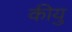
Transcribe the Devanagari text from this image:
कीयु